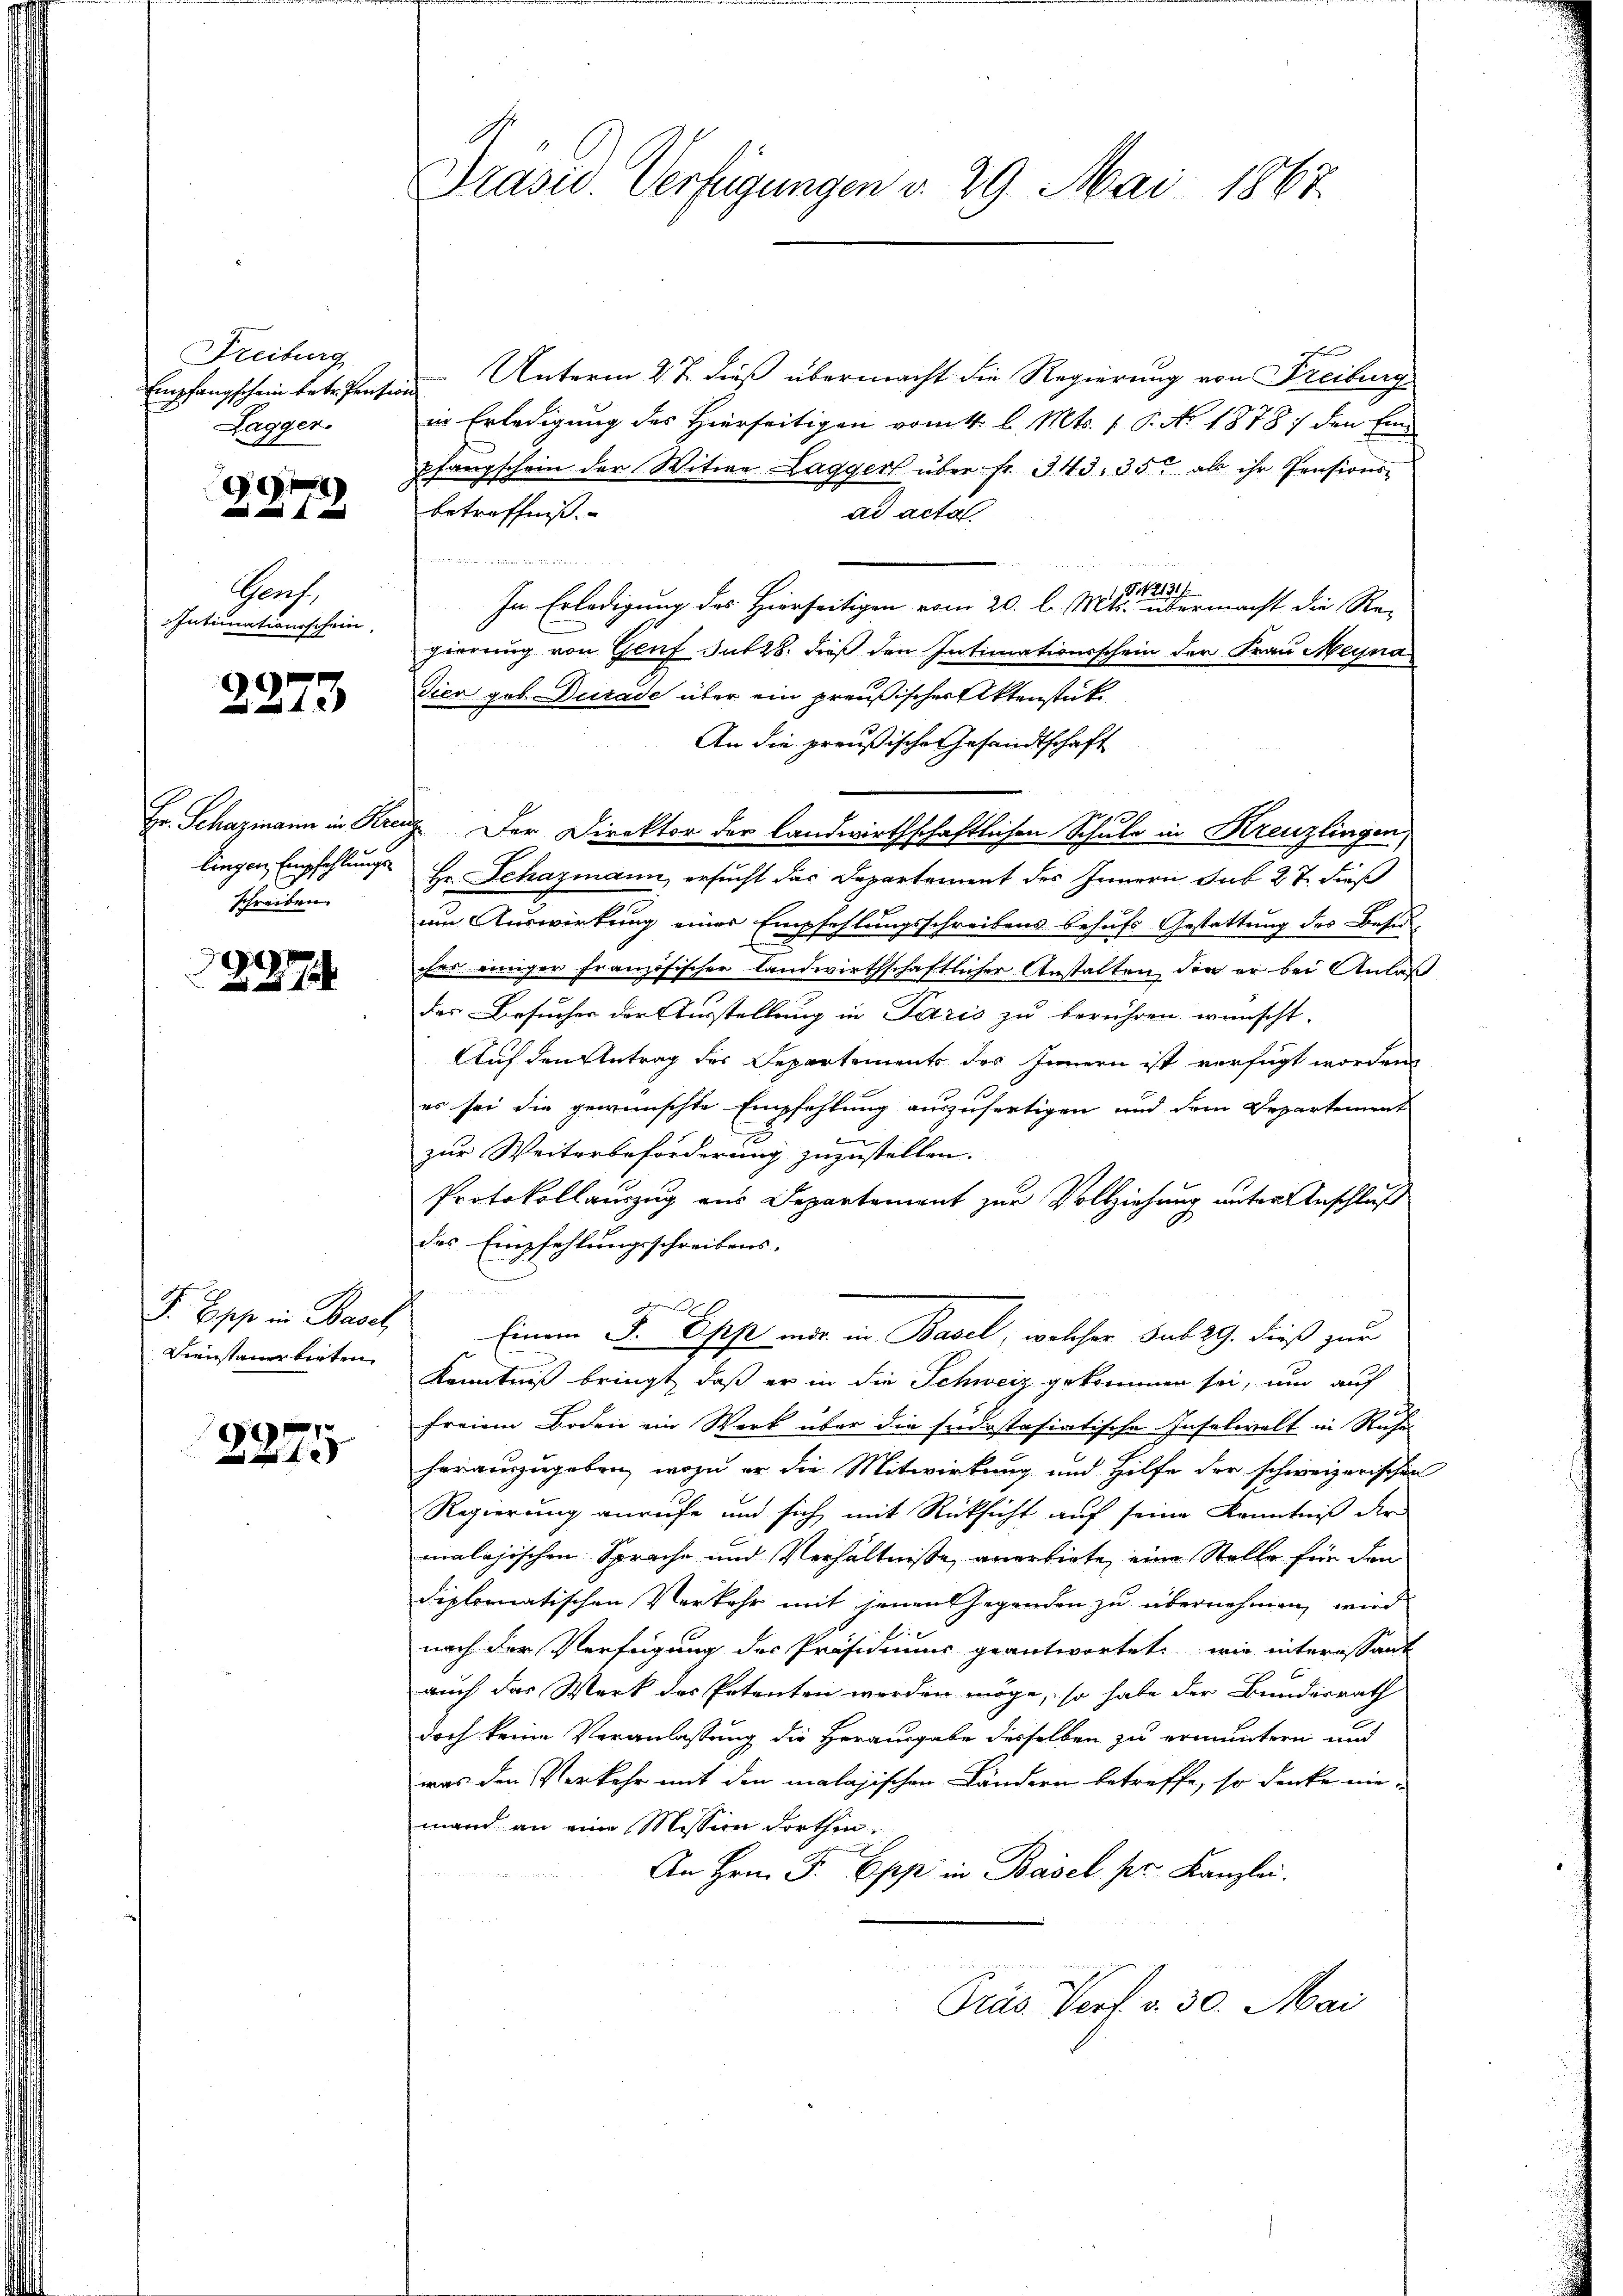
Freiburg
Lagger.

e

Graf.
Intimationsschein,

2273

schreiben.

0x

F. Esche in Basel
Freustanerbieten

¬

Präsid. Verfügungen v. 29. Mai 1867.

Empfangschein betretenten Unterm 27. dieß übermacht die Regierung von Freiburg
in Erledigung des Hierseitigen vom 4. l. Mts. f. P. No 1878 / den Ein
pfangschein der Witwe Laggerl über fr. 343. 35 als ihr Pensions-
betreffniß.
ad acta.
imer gereit eine
12131 f
In Erledigung des Hierseitigen vom 20. l. Mts. übermacht die Re-
gierung von Genf Satz. dieß den Intimationsschein der Frau Meyna
Dier geb. Durade über ein preußischer Aktenstüt¬
An die preußische Gesandtschaft
1
Hr. Schazmann in Krenz. Der Direktor der landwirthschaftlichen Schule in Kreuzlingen,
lingen Empfehlungs- Hr. Schazmann, ersucht der Departement des Innern sub 27. dieß
um Auswirkung einer Empfehlungsschreibens behufs Gestattung des Besiches einiger Französischer Landwirthschaftlicher Anstalten, der er bei Anlaß
des Besucher der Ausstellung in Paris zu berühren wünscht.
Auf den Antrag des Departements des Innern ist verfügt worden.
es sei die gewünschte Empfehlung auszufertigen und dem Departement
zur Weiterbeförderung zuzustellen.
Protokollauszug aus Departement zur Vollziehung untersbeschluß
des Empfehlungsschreibens-
 . sehr mir in Basel, welcher sub 29. dieß zur
Kenntniß bringt, daß er in die Schweiz gekommen sei, um auf
freien Boden ein Werk über die Judastasiatische Inselwelt in Ruhe
herauszugeben, wozu er die Mitwirkung und Hilfe der schweizerischen
Regierung anrufe und sich mit Rücksicht auf seine Kenntniß der
malogischen Sprache und Verhältnisse anerbiete, eine Stelle für den
diplomatischen Verkehr mit jenen Gegenden zu übernehmen, wird
nach der Verfügung des Präsidiums geantwortet, wie interessant
auch das Werk des Petenten worden möge, so habe der Bundesrath
doch keine Veranlassung die Herausgabe desselben zu ermuntern und
was den Verkehr mit den malasischen Ländern betreffe, so denke nie-
mand an eine Mission dorthen.
An Hrn. F. Epp in Basel. pr. Kanzlei.
Präs. Verf. v. 30. Mai